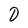
Character: D